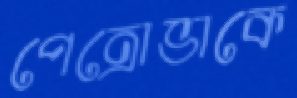
পেত্রোভাকে